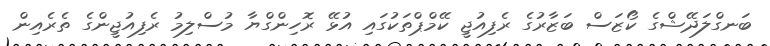
ބަނގްލަދޭޝްގެ ކޯޒަސް ބަޒާރުގެ ރެފިއުޖީ ކޭމްޕްތަކުގައި އުޅޭ ރޮހިންގްޔާ މުސްލިމު ރެފިއުޖީންގެ ތެރެއިން